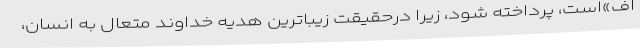
اف»است، پرداخته شود، زیرا درحقیقت زیباترین هدیه خداوند متعال به انسان،